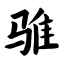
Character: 骓